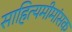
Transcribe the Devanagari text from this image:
साहित्यमीमांसक